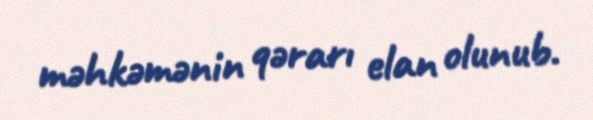
məhkəmənin qərarı elan olunub.